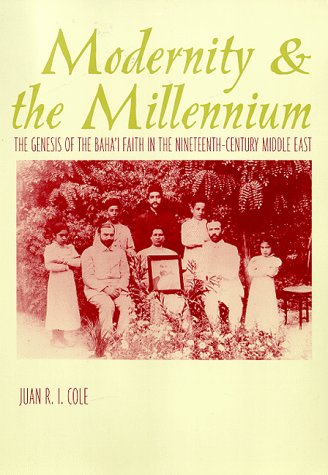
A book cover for Modernity and the Millennium; Juan R. I. Cole; Religion & Spirituality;